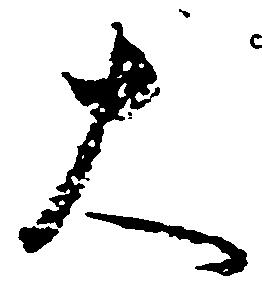
大